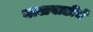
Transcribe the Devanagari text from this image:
बालवाडीचे